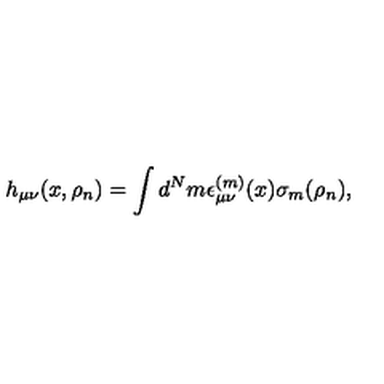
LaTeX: h _ { \mu \nu } ( x , \rho _ { n } ) = \int d ^ { N } m \epsilon _ { \mu \nu } ^ { ( m ) } ( x ) \sigma _ { m } ( \rho _ { n } ) ,